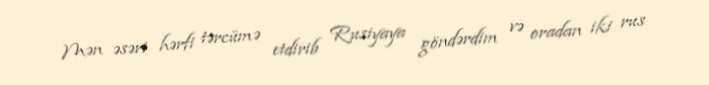
Mən əsəri hərfi tərcümə etdirib Rusiyaya göndərdim və oradan iki rus